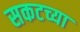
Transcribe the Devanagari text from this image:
सकटच्या